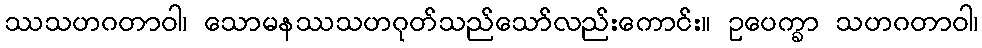
ဿသဟဂတာဝါ၊ သောမနဿသဟဂုတ်သည်သော်လည်းကောင်း။ ဥပေက္ခာ သဟဂတာဝါ၊